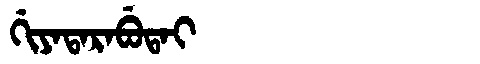
Manchu: ᡤᡳᠶᠠᡨᠠᡵᠠᠪᡠᡨᠠᡳ
Romanization: GIYATARABUTAI